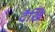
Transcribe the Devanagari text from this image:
दैखि